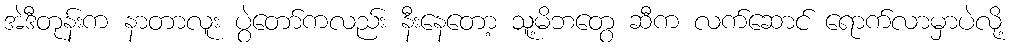
အဲဒီတုန်းက နာတာလူး ပွဲတော်ကလည်း နီးနေတော့ သူ့မိဘတွေ ဆီက လက်ဆောင် ရောက်လာမှာပဲလို့